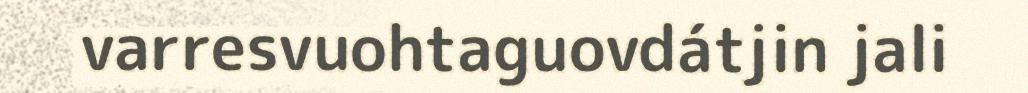
varresvuohtaguovdátjin jali